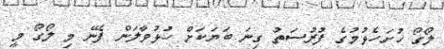
ލޯގޯ ހުށަހެޅުމުގެ ފުރުސަތު ގިނަ ބަޔަކަށް ހުޅުވާލަން ފެނޭ މި ލޯގޯ މީ